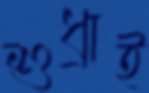
শুধ্‌রাই